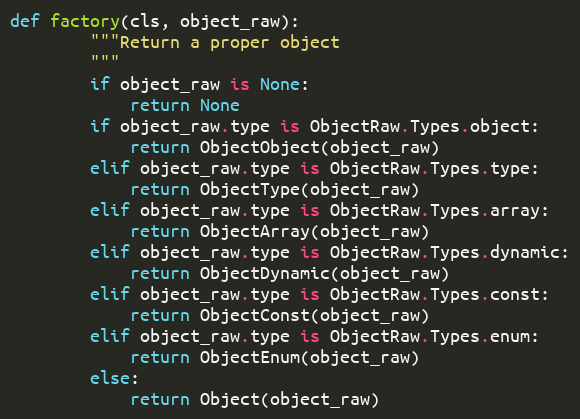
Language: Python
def factory(cls, object_raw):
        """Return a proper object
        """
        if object_raw is None:
            return None
        if object_raw.type is ObjectRaw.Types.object:
            return ObjectObject(object_raw)
        elif object_raw.type is ObjectRaw.Types.type:
            return ObjectType(object_raw)
        elif object_raw.type is ObjectRaw.Types.array:
            return ObjectArray(object_raw)
        elif object_raw.type is ObjectRaw.Types.dynamic:
            return ObjectDynamic(object_raw)
        elif object_raw.type is ObjectRaw.Types.const:
            return ObjectConst(object_raw)
        elif object_raw.type is ObjectRaw.Types.enum:
            return ObjectEnum(object_raw)
        else:
            return Object(object_raw)